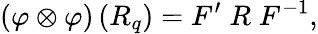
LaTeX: \left(\varphi\otimes\varphi\right)\left(R_{q}\right)=F^{\prime}\; R\; F^{-1},